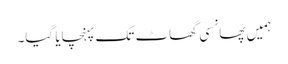
ہمیں پھانسی گھاٹ تک پہنچایا گیا۔